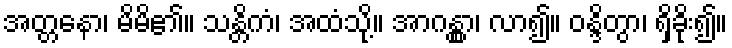
အတ္တနော၊ မိမိ၏။ သန္တိကံ၊ အထံသို့။ အာဂန္တွာ၊ လာ၍။ ဝန္ဒိတွာ၊ ရှိခိုး၍။